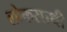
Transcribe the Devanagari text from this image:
लोकसाथी